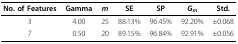
<table><thead><tr><td><b>No. of Features</b></td><td><b>Gamma</b></td><td><b><i>m</i></b></td><td><b>SE</b></td><td><b>SP</b></td><td><b><i>G<sub>m</sub></i></b></td><td><b>Std.</b></td></tr></thead><tbody><tr><td>3</td><td>4.00</td><td>25</td><td>88.13%</td><td>96.45%</td><td>92.20%</td><td>±0.068</td></tr><tr><td>7</td><td>0.50</td><td>20</td><td>89.15%</td><td>96.84%</td><td>92.91%</td><td>±0.056</td></tr></tbody></table>